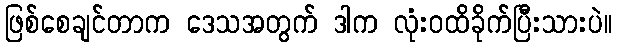
ဖြစ်စေချင်တာက ဒေသအတွက် ဒါက လုံးဝထိခိုက်ပြီးသားပဲ။